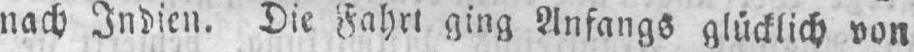
nach Indien. Die Fahrt ging Anfangs glücklich von